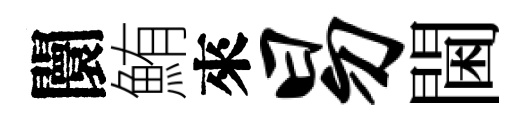
闤鮪來易閫